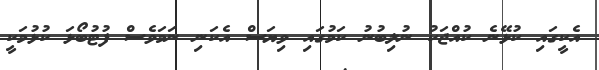
އެކީގައި ކުޅޭނެ ކުއްޖަކު ނުލިބުނު ކަމުގައި ވިޔަސް އެކަނި ނަމަވެސް ފުޓުބޯޅަ ކުޅުމަކީ